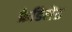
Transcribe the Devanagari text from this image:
फ्रेडिनेंड